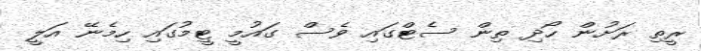
ރީތި ރަށުން ހޯދި ތިން ސެޓްގައި ވެސް ގައުމީ ޓީމުގައި ހިމެނޭ އަލީ